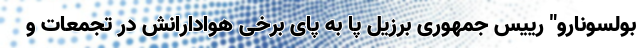
بولسونارو" رییس جمهوری برزیل پا به پای برخی هوادارانش در تجمعات و